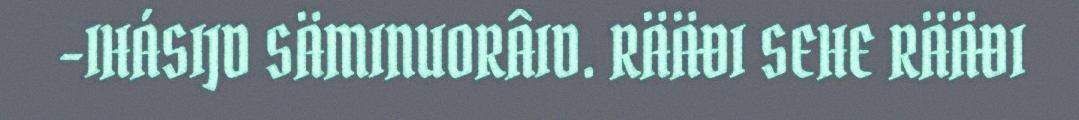
-IHÁSIJD SÄMINUORÂID. RÄÄĐI SEHE RÄÄĐI